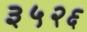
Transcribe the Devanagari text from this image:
३५२६